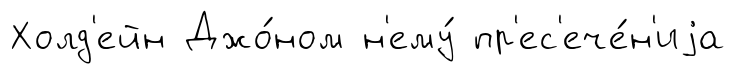
Холд'ейн Джо́ном н'ему́ пр'ес'ече́н'иjа